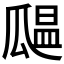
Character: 𤬒